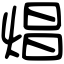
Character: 焻